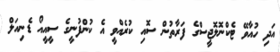
އަދި ހުއާވޭ ޓެކްނޮލޮޖީސްގެ ފަރާތުން ސޮއި ކުރެއްވީ އެ ކުންފުނީގެ ސީއީއޯ ޑެނިއަލް